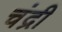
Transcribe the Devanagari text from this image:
चंद्री